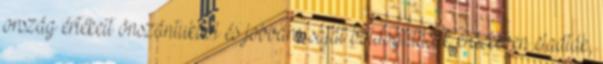
ország értékeit önszántukból és jobbára saját boldogulásuk érdekében eladták,